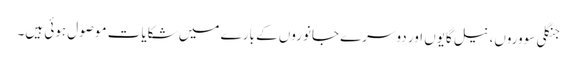
جنگلی سووروں، نیل گایوں اور دوسرے جانوروں کے بارے میں شکایات موصول ہوئی ہیں۔